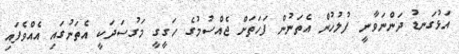
އަޅުގަނޑު ދަންނަވާނީ ފުލުހުން އެތަނުން ފަހަތަށް ޖެއްސުމުގެ ހަގީގީ މަގުސަދަކީ އެތަނުގައި އެއްވެފައި